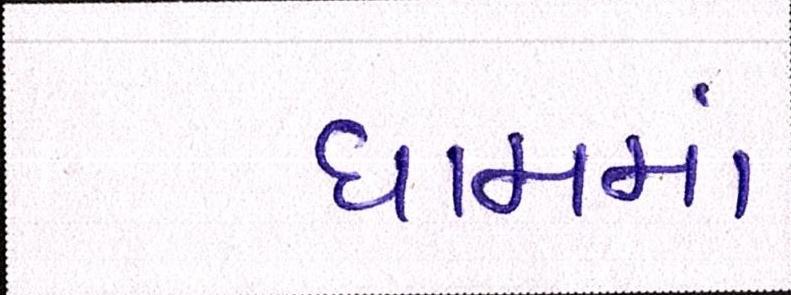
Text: ધામમાં